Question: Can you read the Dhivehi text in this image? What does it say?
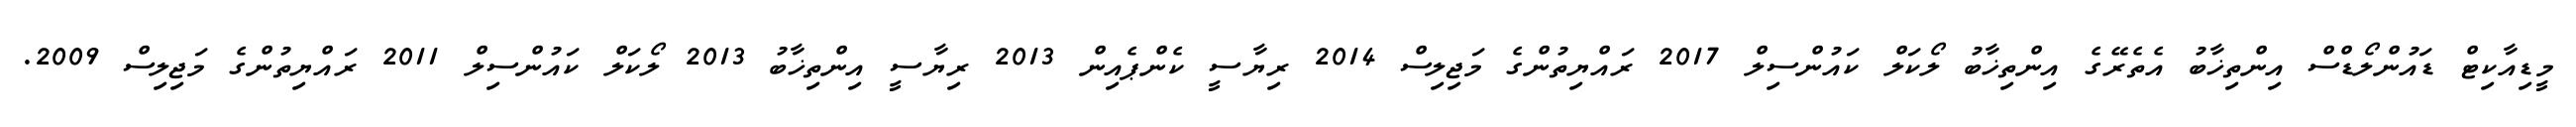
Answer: މީޑިއާކިޓް ޑައުންލޯޑްސް އިންތިޚާބު އެތެރޭގެ އިންތިޚާބު ލޯކަލް ކައުންސިލް 2017 ރައްޔިތުންގެ މަޖިލިސް 2014 ރިޔާސީ ކެންޕެއިން 2013 ރިޔާސީ އިންތިޚާބު 2013 ލޯކަލް ކައުންސިލް 2011 ރައްޔިތުންގެ މަޖިލިސް 2009.